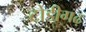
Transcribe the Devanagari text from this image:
टोडीगढ़